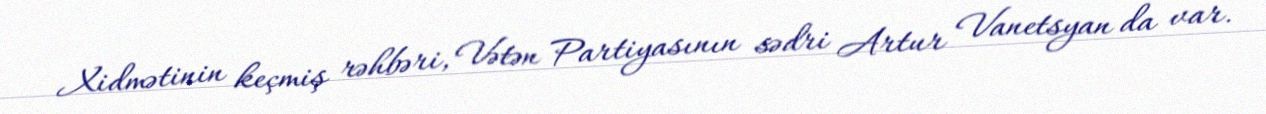
Xidmətinin keçmiş rəhbəri, Vətən Partiyasının sədri Artur Vanetsyan da var.